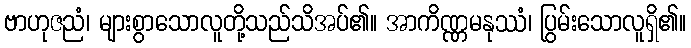
ဗာဟုဇညံ၊ များစွာသောလူတို့သည်သိအပ်၏။ အာကိဏ္ဏမနုဿံ၊ ပြွမ်းသောလူရှိ၏။